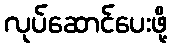
လုပ်ဆောင်ပေးဖို့